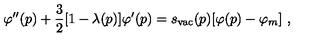
\varphi ^ { \prime \prime } ( p ) + { \frac { 3 } { 2 } } [ 1 - \lambda ( p ) ] \varphi ^ { \prime } ( p ) = s _ { \mathrm { v a c } } ( p ) [ \varphi ( p ) - \varphi _ { m } ] \ ,